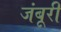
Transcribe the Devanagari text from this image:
जंबूरी